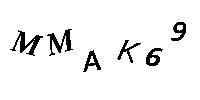
MMAK69